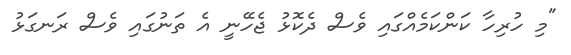
"މި ހުރިހާ ކަންކަމެއްގައި ވެސް ދެކޮޅު ޖެހޭނީ އެ ތަނުގައި ވެސް ރަނގަޅު